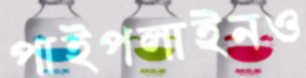
পাইপলাইনও